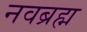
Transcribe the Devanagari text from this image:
नवब्रह्म